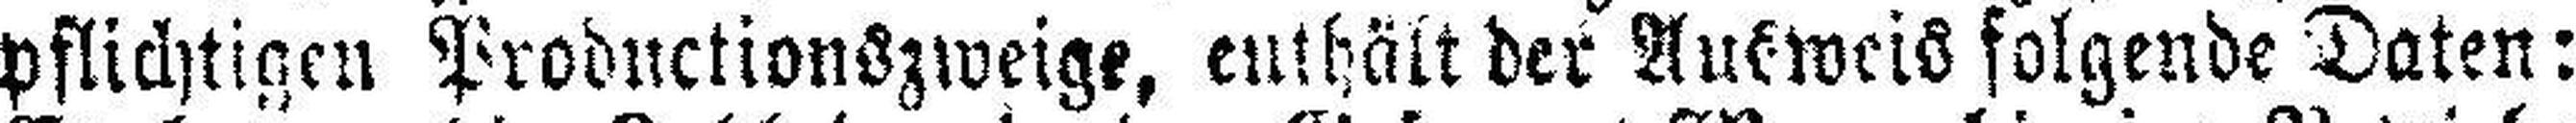
pflichtigen Productionszweige, enthält der Ausweis folgende Daten: